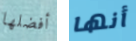
أفضلها أنها